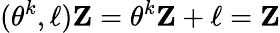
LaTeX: (\theta^{k},{\mathbf\ell}){\mathbf Z}=\theta^{k}{\mathbf Z}+{\mathbf\ell}={\mathbf Z}